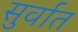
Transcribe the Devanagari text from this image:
सुर्वात